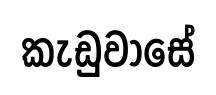
කැඩුවාසේ